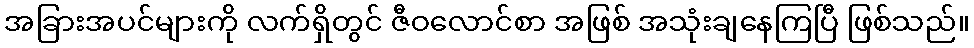
အခြားအပင်များကို လက်ရှိတွင် ဇီဝလောင်စာ အဖြစ် အသုံးချနေကြပြီ ဖြစ်သည်။